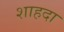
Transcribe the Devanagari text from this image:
शाहदा